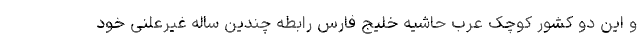
و این دو کشور کوچک عرب حاشیه خلیج فارس رابطه چندین ساله غیرعلنی خود